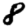
Digit: 8